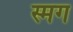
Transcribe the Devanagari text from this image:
स्मग